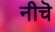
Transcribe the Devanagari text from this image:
नीचॆ